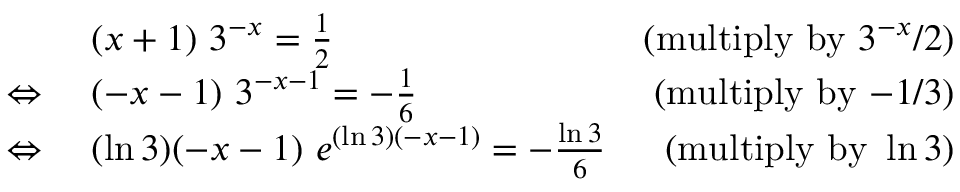
{ \begin{array} { r l r } & { ( x + 1 ) \ 3 ^ { - x } = { \frac { 1 } { 2 } } } & { ( { \mathrm { m u l t i p l y ~ b y ~ } } 3 ^ { - x } / 2 ) } \\ { \Leftrightarrow \ } & { ( - x - 1 ) \ 3 ^ { - x - 1 } = - { \frac { 1 } { 6 } } } & { ( { \mathrm { m u l t i p l y ~ b y ~ } } { - } 1 / 3 ) } \\ { \Leftrightarrow \ } & { ( \ln 3 ) ( - x - 1 ) \ e ^ { ( \ln 3 ) ( - x - 1 ) } = - { \frac { \ln 3 } { 6 } } } & { ( { \mathrm { m u l t i p l y ~ b y ~ } } \ln 3 ) } \end{array} }